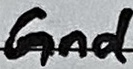
Text: Gnd